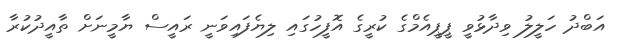
އަބްދު ހަލީލު ވިދާޅުވީ ޕީޕީއެމްގެ ކުރީގެ އޮފީހުގައި ލިޔެފައިވަނީ ރައީސް ޔާމީނަށް ތާއީދުކުރާ